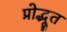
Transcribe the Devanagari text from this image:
प्रोद्भूत